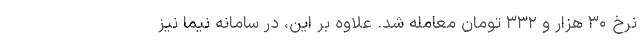
نرخ ۳۰ هزار و ۳۳۲ تومان معامله شد. علاوه بر این، در سامانه نیما نیز